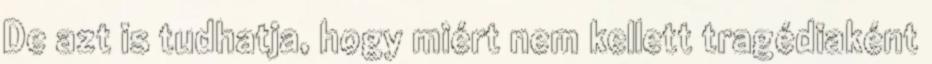
De azt is tudhatja, hogy miért nem kellett tragédiaként